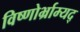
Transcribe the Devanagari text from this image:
विष्णोर्भ्राम्यद्